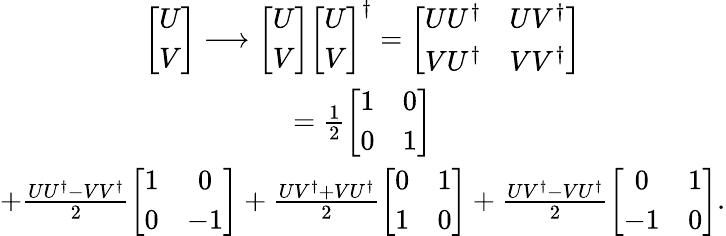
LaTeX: \begin{array}{c}{{\left[\begin{array}{c}{{U}}\\ {{V}}\end{array}\right]\longrightarrow\left[\begin{array}{c}{{U}}\\ {{V}}\end{array}\right]\left[\begin{array}{c}{{U}}\\ {{V}}\end{array}\right]^{\dagger}=\left[\begin{array}{cc}{{UU^{\dagger}}}&{{UV^{\dagger}}}\\ {{VU^{\dagger}}}&{{VV^{\dagger}}}\end{array}\right]}}\\ {{=\frac{1}{2}\left[\begin{array}{cc}{{1}}&{{0}}\\ {{0}}&{{1}}\end{array}\right]}}\\ {{+\frac{UU^{\dagger}-VV^{\dagger}}{2}\left[\begin{array}{cc}{{1}}&{{0}}\\ {{0}}&{{-1}}\end{array}\right]+\frac{UV^{\dagger}+VU^{\dagger}}{2}\left[\begin{array}{cc}{{0}}&{{1}}\\ {{1}}&{{0}}\end{array}\right]+\frac{UV^{\dagger}-VU^{\dagger}}{2}\left[\begin{array}{cc}{{0}}&{{1}}\\ {{-1}}&{{0}}\end{array}\right].}}\end{array}